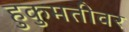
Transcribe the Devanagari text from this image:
हुकुमतीवर